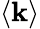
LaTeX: ⟨\mathbf{k}⟩